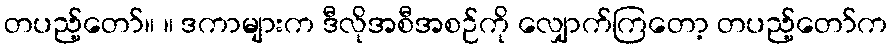
တပည့်တော်။ ။ ဒကာများက ဒီလိုအစီအစဉ်ကို လျှောက်ကြတော့ တပည့်တော်က